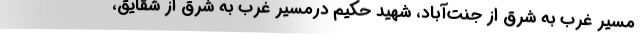
مسیر غرب به شرق از جنت‌آباد، شهید حکیم درمسیر غرب به شرق از شقایق،